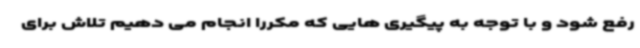
رفع شود و با توجه به پیگیری هایی که مکرراً انجام می دهیم تلاش برای